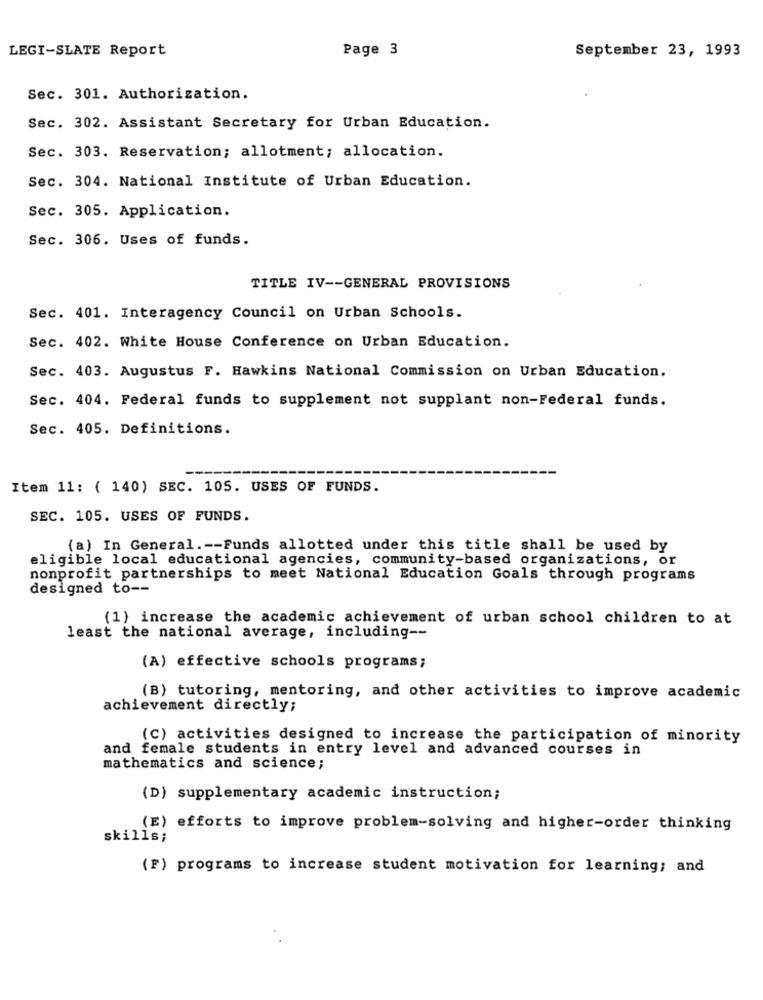
LEGI-SLATE Report
Page 3
September 23, 1993
Sec. 301. Authorization.
Sec. 302. Assistant Secretary for Urban Education.
Sec. 303. Reservation; allotment; allocation.
Sec. 304. National Institute of Urban Education.
Sec. 305. Application.
Sec. 306. Uses of funds.
TITLE IV -- GENERAL PROVISIONS
Sec. 401. Interagency Council on Urban Schools.
Sec. 402. White House Conference on Urban Education.
Sec. 403. Augustus F. Hawkins National Commission on Urban Education.
Sec. 404. Federal funds to supplement not supplant non-Federal funds.
Sec. 405. Definitions.
Item 11: ( 140) SEC. 105. USES OF FUNDS.
SEC. 105. USES OF FUNDS.
(a) In General .-- Funds allotted under this title shall be used by
eligible local educational agencies, community-based organizations, or
nonprofit partnerships to meet National Education Goals through programs
designed to --
(1) increase the academic achievement of urban school children to at
least the national average, including --
(A) effective schools programs;
(B) tutoring, mentoring, and other activities to improve academic
achievement directly;
(C) activities designed to increase the participation of minority
and female students in entry level and advanced courses in
mathematics and science;
(D) supplementary academic instruction;
(E) efforts to improve problem-solving and higher-order thinking
skills;
(F) programs to increase student motivation for learning; and